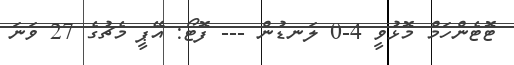
ޓޮޓެންހަމް މޮޅުވީ 4-0 ލަނޑުން --- ފޮޓޯ: އޭޕީ މެޗުގެ 27 ވަނަ